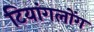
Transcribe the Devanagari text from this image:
टियांगलोंग